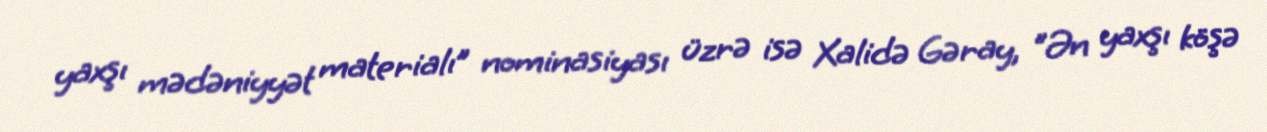
yaxşı mədəniyyət materialı” nominasiyası üzrə isə Xalidə Gəray, "Ən yaxşı köşə